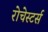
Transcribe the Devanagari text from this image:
रोचेस्टर्स